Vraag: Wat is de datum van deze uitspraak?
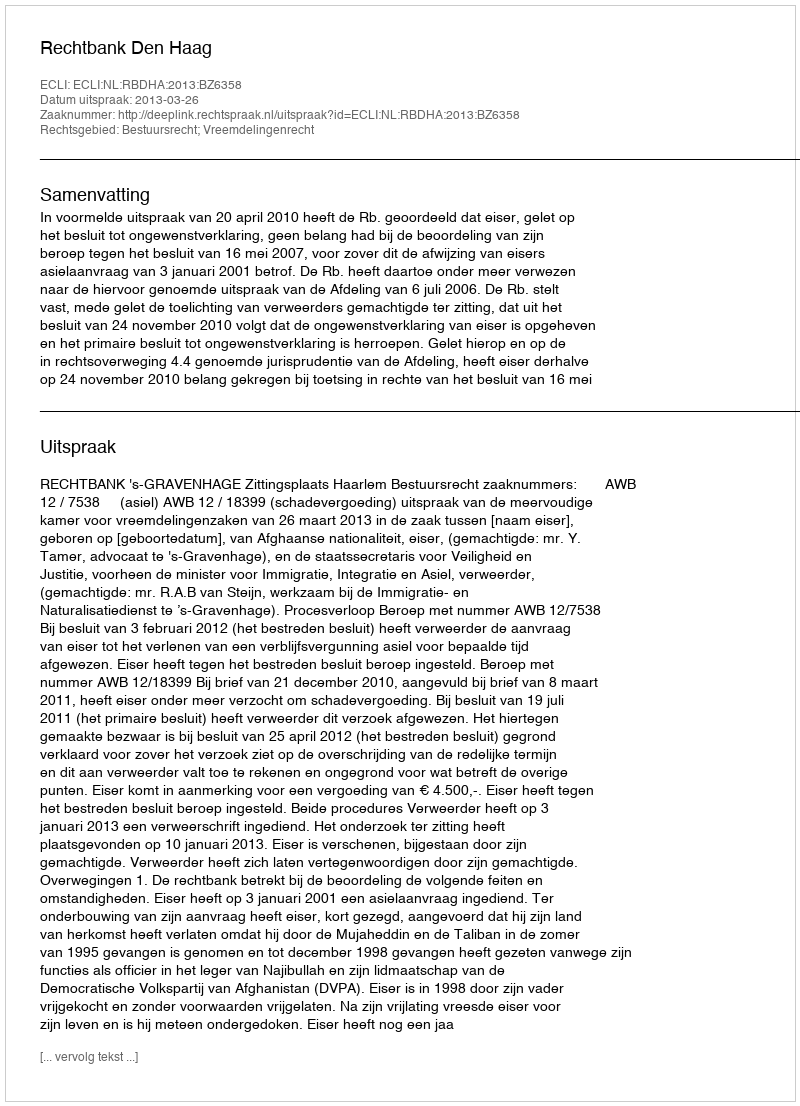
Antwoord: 2013-03-26